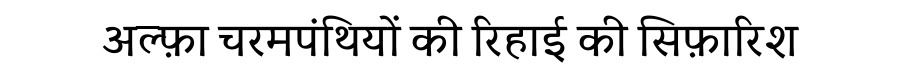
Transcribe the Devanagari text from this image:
अल्फ़ा चरमपंथियों की रिहाई की सिफ़ारिश